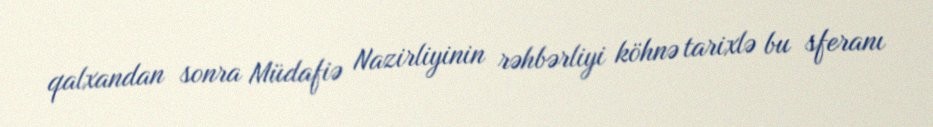
qalxandan sonra Müdafiə Nazirliyinin rəhbərliyi köhnə tarixlə bu sferanı